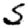
Digit: 5